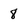
Character: 8